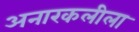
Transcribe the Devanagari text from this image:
अनारकलीला